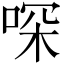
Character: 𠶀